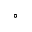
^ \circ